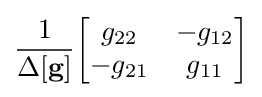
{\frac {1}{\Delta \mathbf {[g]} }}{\begin{bmatrix}g_{22}&-g_{12}\\-g_{21}&g_{11}\end{bmatrix}}